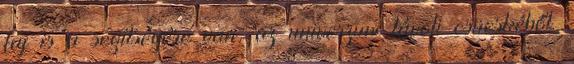
faj is a segítségére van, az univerzum távoli csücskéből.